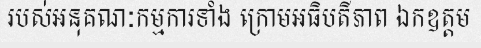
របស់អនុគណៈកម្មការទាំង ក្រោមអធិបតីភាព ឯកឧត្តម